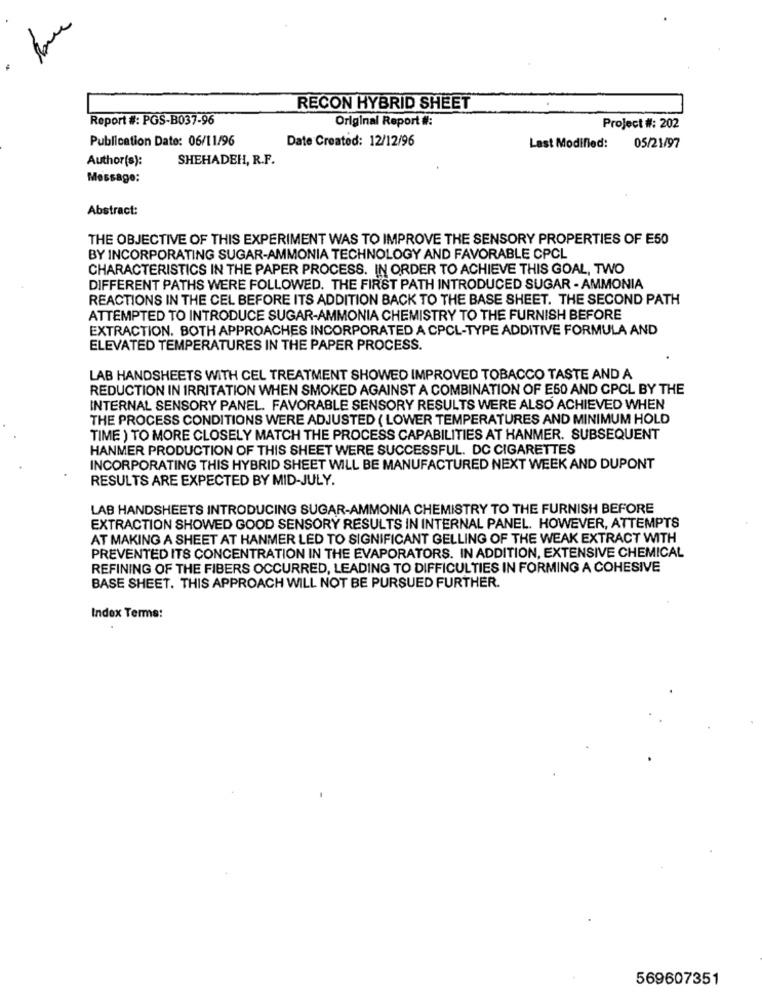
RECON HYBRID SHEET
Report #: PGS-B037-96
Original Report #:
Project #: 202
Publication Date: 06/11/96
Date Created: 12/12/96
Last Modified:
05/21/97
Author(s):
SHEHADEH, R.F.
Message:
Abstract:
THE OBJECTIVE OF THIS EXPERIMENT WAS TO IMPROVE THE SENSORY PROPERTIES OF E50
BY INCORPORATING SUGAR-AMMONIA TECHNOLOGY AND FAVORABLE CPCL
CHARACTERISTICS IN THE PAPER PROCESS. IN ORDER TO ACHIEVE THIS GOAL, TWO
DIFFERENT PATHS WERE FOLLOWED. THE FIRST PATH INTRODUCED SUGAR - AMMONIA
REACTIONS IN THE CEL BEFORE ITS ADDITION BACK TO THE BASE SHEET. THE SECOND PATH
ATTEMPTED TO INTRODUCE SUGAR-AMMONIA CHEMISTRY TO THE FURNISH BEFORE
EXTRACTION. BOTH APPROACHES INCORPORATED A CPCL-TYPE ADDITIVE FORMULA AND
ELEVATED TEMPERATURES IN THE PAPER PROCESS.
LAB HANDSHEETS WITH CEL TREATMENT SHOWED IMPROVED TOBACCO TASTE AND A
REDUCTION IN IRRITATION WHEN SMOKED AGAINST A COMBINATION OF E50 AND CPCL BY THE
INTERNAL SENSORY PANEL. FAVORABLE SENSORY RESULTS WERE ALSO ACHIEVED WHEN
THE PROCESS CONDITIONS WERE ADJUSTED ( LOWER TEMPERATURES AND MINIMUM HOLD
TIME ) TO MORE CLOSELY MATCH THE PROCESS CAPABILITIES AT HANMER. SUBSEQUENT
HANMER PRODUCTION OF THIS SHEET WERE SUCCESSFUL. DC CIGARETTES
INCORPORATING THIS HYBRID SHEET WILL BE MANUFACTURED NEXT WEEK AND DUPONT
RESULTS ARE EXPECTED BY MID-JULY.
LAB HANDSHEETS INTRODUCING SUGAR-AMMONIA CHEMISTRY TO THE FURNISH BEFORE
EXTRACTION SHOWED GOOD SENSORY RESULTS IN INTERNAL PANEL. HOWEVER, ATTEMPTS
AT MAKING A SHEET AT HANMER LED TO SIGNIFICANT GELLING OF THE WEAK EXTRACT WITH
PREVENTED ITS CONCENTRATION IN THE EVAPORATORS. IN ADDITION, EXTENSIVE CHEMICAL
REFINING OF THE FIBERS OCCURRED, LEADING TO DIFFICULTIES IN FORMING A COHESIVE
BASE SHEET. THIS APPROACH WILL NOT BE PURSUED FURTHER.
Index Terms:
569607351